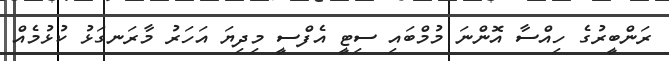
ރަންބީރުގެ ހިއްސާ އޮންނަ މުމްބައި ސިޓީ އެފްސީ މިދިޔަ އަހަރު މާރަނގަޅު ކުޅުމެއް